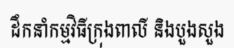
ដឹកនាំកម្មវិធីក្រុងពាលី និងបួងសួង